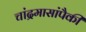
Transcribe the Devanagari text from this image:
चांद्रमासांपैकी